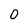
Character: 0